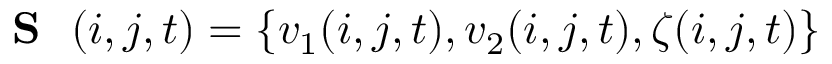
\mathrm { ~ { ~ \bf ~ S ~ } ~ } ( i , j , t ) = \{ v _ { 1 } ( i , j , t ) , v _ { 2 } ( i , j , t ) , \zeta ( i , j , t ) \}